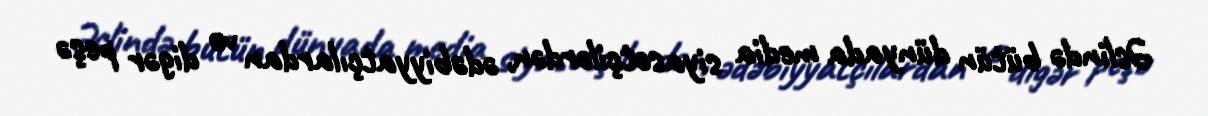
Əslində bütün dünyada media siyasətçilərdən, ədəbiyyatçılardan və digər peşə